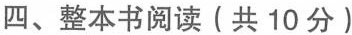
四、整本书阅读(共10分)